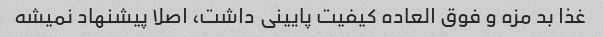
غذا بد مزه و فوق العاده کیفیت پایینی داشت، اصلا پیشنهاد نمیشه